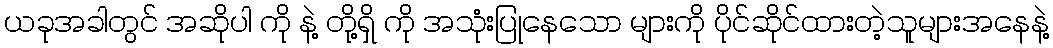
ယခုအခါတွင် အဆိုပါ ကို နဲ့ တို့ရှိ ကို အသုံးပြုနေသော များကို ပိုင်ဆိုင်ထားတဲ့သူများအနေနဲ့